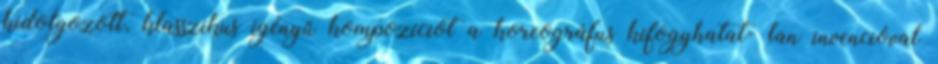
kidolgozott, klasszikus igényű kompozíciót a koreográfus kifogyhatat- lan invencióval